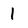
Character: I